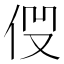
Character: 𠈧